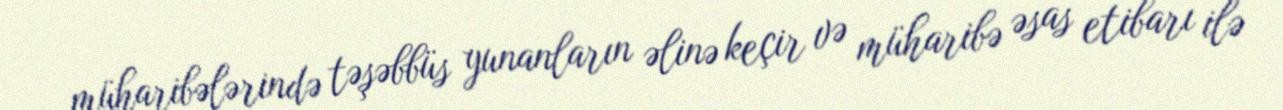
müharibələrində təşəbbüs yunanların əlinə keçir və müharibə əsas etibarı ilə